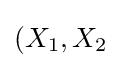
(X_{1},X_{2}